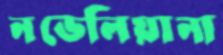
নভেলিয়ানা